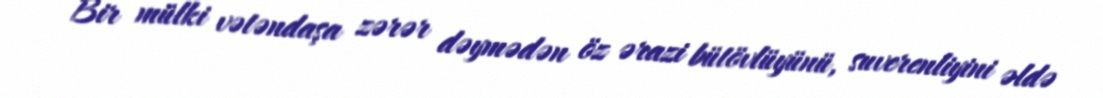
Bir mülki vətəndaşa zərər dəymədən öz ərazi bütövlüyünü, suverenliyini əldə